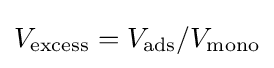
V_{\text{excess}}=V_{\text{ads}}/V_{\text{mono}}